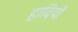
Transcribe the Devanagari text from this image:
हादियों